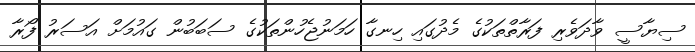
ސިޔާސީ ވާދަވެރި ފަރާތްތަކުގެ މެދުގައި ހިނގާ ހަމަނުޖެހުންތަކުގެ ސަބަބުން ގައުމަށް އަސަރު ފޯރާ